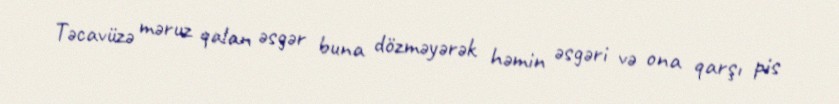
Təcavüzə məruz qalan əsgər buna dözməyərək həmin əsgəri və ona qarşı pis